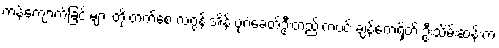
ကန်ကျောက်ခြင်းများ တိုးတက်စေ လဂွန်းအိန် ပုဂံခေတ်ဦးတည်းကပင် ချန်ကေရှိတ် ဦးသိမ်းဆန်းက